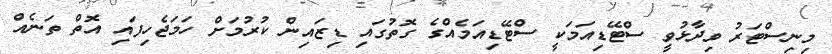
މިނިސްޓަރު ވިދާޅުވީ ސްޓޭޑިއަމަކީ ސްޓޭޑިއަމެއްގެ ގޮތުގައި ޑިޒައިން ކުރުމަށް ހަމަޖެހިފައި އޮތް ތަނެއް